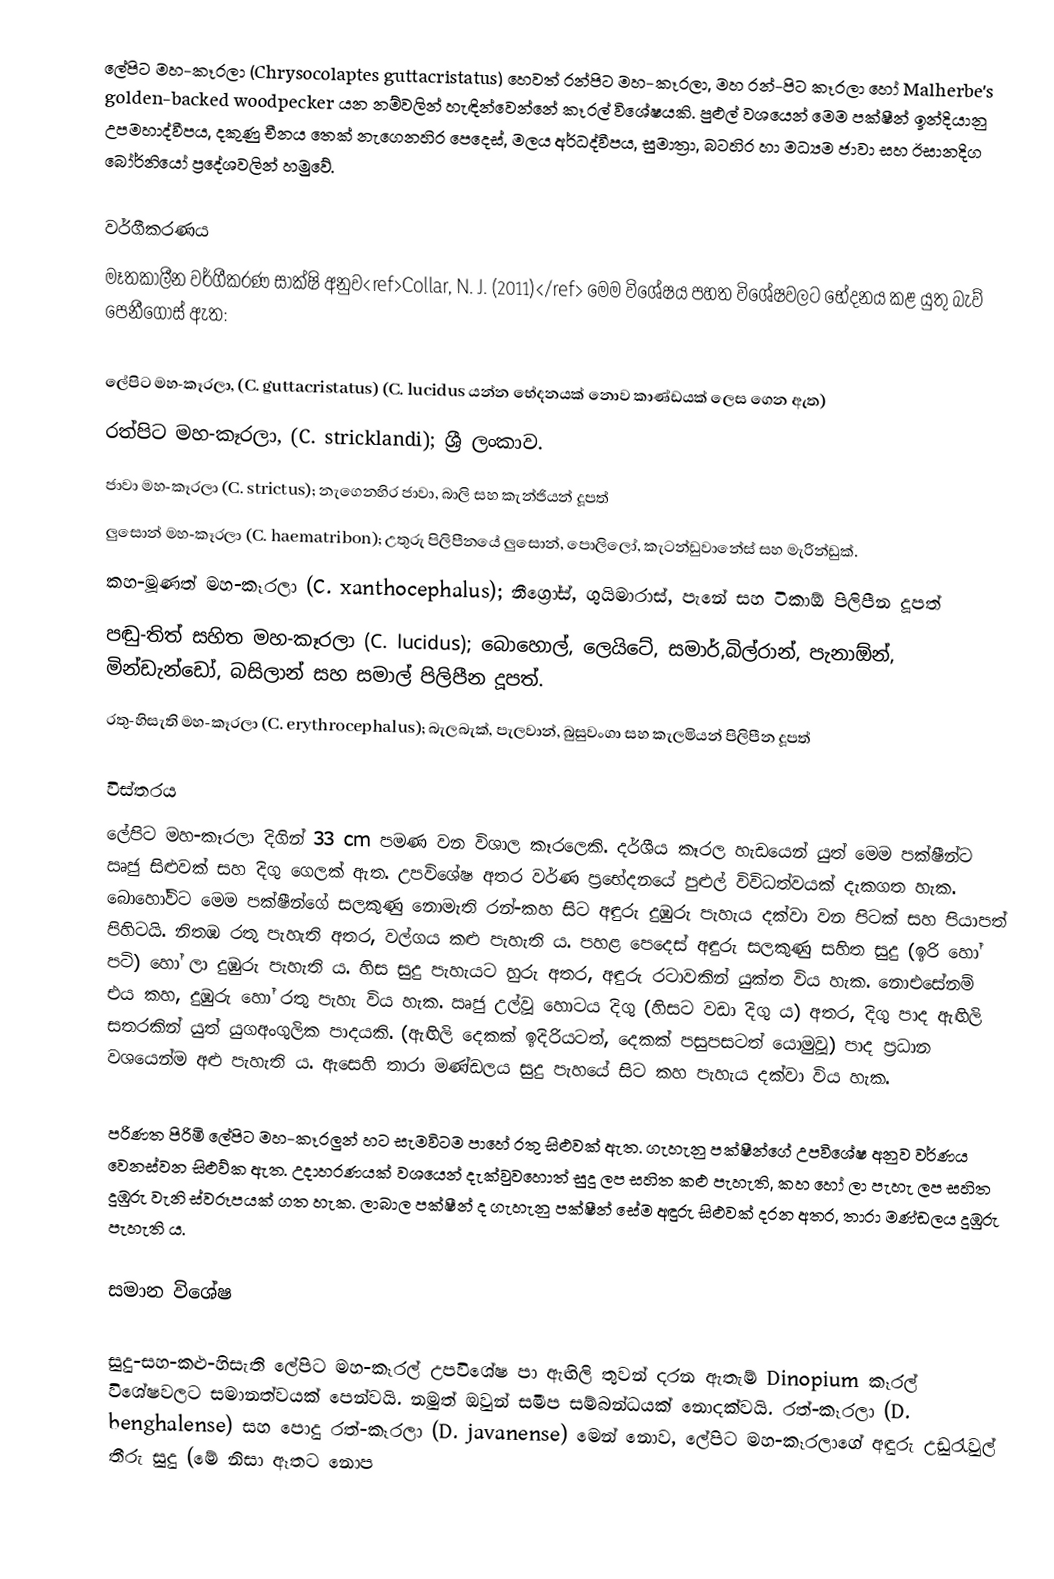
ලේපිට මහ-කෑරලා (Chrysocolaptes guttacristatus) හෙවත් රන්පිට මහ-කෑරලා, මහ රන්-පිට කෑරලා හෝ Malherbe's golden-backed woodpecker යන නම්වලින් හැඳින්වෙන්නේ කෑරල් විශේෂයකි. පුළුල් වශයෙන් මෙම පක්ෂීන් ඉන්දියානු උපමහාද්වීපය, දකුණු චීනය තෙක් නැගෙනහිර පෙදෙස්, මලය අර්ධද්වීපය, සුමාත්‍රා, බටහිර හා මධ්‍යම ජාවා සහ ඊසානදිග බෝර්නියෝ ප්‍රදේශවලින් හමුවේ.

වර්ගීකරණය
මෑතකාලීන වර්ගීකරණ සාක්ෂි අනුව<ref>Collar, N. J. (2011)</ref> මෙම විශේෂය පහත විශේෂවලට භේදනය කළ යුතු බැව් පෙනීගොස් ඇත:

ලේපිට මහ-කෑරලා, (C. guttacristatus) (C. lucidus යන්න භේදනයක් නොව කාණ්ඩයක් ලෙස ගෙන ඇත)
රත්පිට මහ-කෑරලා, (C. stricklandi); ශ්‍රී ලංකාව.
ජාවා මහ-කෑරලා (C. strictus); නැගෙනහිර ජාවා, බාලි සහ කැන්ජියන් දූපත්
ලුසොන් මහ-කෑරලා (C. haematribon); උතුරු පිලිපීනයේ ලුසොන්, පොලිලෝ, කැටන්ඩුවානේස් සහ මැරින්ඩුක්.
කහ-මූණත් මහ-කෑරලා (C. xanthocephalus); නීග්‍රෝස්, ගුයිමාරාස්, පැනේ සහ ටිකාඕ පිලිපීන දූපත්
පඬු-තිත් සහිත මහ-කෑරලා (C. lucidus); බොහොල්, ලෙයිටේ, සමාර්,බිල්රාන්, පැනාඕන්, මින්ඩැන්ඩෝ, බසිලාන් සහ සමාල් පිලිපීන දූපත්.
රතු-හිසැති මහ-කෑරලා (C. erythrocephalus); බැලබැක්, පැලවාන්, බුසුවංගා සහ කැලමියන් පිලිපීන දූපත්

විස්තරය
ලේපිට මහ-කෑරලා දිගින් 33 cm පමණ වන විශාල කෑරලෙකි. දර්ශීය කෑරල හැඩයෙන් යුත් මෙම පක්ෂීන්‍ට ඍජු සිළුවක් සහ දිගු ගෙලක් ඇත. උපවිශේෂ අතර වර්ණ ප්‍රභේදනයේ පුළුල් විවිධත්වයක් දැකගත හැක. බොහෝවිට මෙම පක්ෂීන්ගේ සලකුණු නොමැති රන්-කහ සිට අඳුරු දුඹුරු පැහැය දක්වා වන පිටක් සහ පියාපත් පිහිටයි. නිතඹ රතු පැහැති අතර, වල්ගය කළු පැහැති ය. පහළ පෙදෙස් අඳුරු සලකුණු සහිත සුදු (ඉරි හෝ පටි) හෝ ලා දුඹුරු පැහැති ය. හිස සුදු පැහැයට හුරු අතර, අඳුරු රටාවකින් යුක්ත විය හැක. නොඑසේනම් එය කහ, දුඹුරු හෝ රතු පැහැ විය හැක. ඍජු උල්වූ හොටය දිගු (හිසට වඩා දිගු ය) අතර, දිගු පාද ඇඟිලි සතරකින් යුත් යුගඅංගුලික පාදයකි. (ඇඟිලි දෙකක් ඉදිරියටත්, දෙකක් පසුපසටත් යොමුවූ) පාද ප්‍රධාන වශයෙන්ම අළු පැහැති ය. ඇසෙහි තාරා මණ්ඩලය සුදු පැහයේ සිට කහ පැහැය දක්වා විය හැක.

පරිණත පිරිමි ලේපිට මහ-කෑරලුන් හට සැමවිටම පාහේ රතු සිළුවක් ඇත. ගැහැනු පක්ෂීන්ගේ උපවිශේෂ අනුව වර්ණය වෙනස්වන සිළුව්ක ඇත. උදාහරණයක් වශයෙන් දැක්වුවහොත් සුදු ලප සහිත කළු පැහැති, කහ හෝ ලා පැහැ ලප සහිත දුඹුරු වැනි ස්වරූපයක් ගත හැක. ලාබාල පක්ෂීන් ද ගැහැනු පක්ෂීන් සේම අඳුරු සිළුවක් දරන අතර, තාරා මණ්ඩලය දුඹුරු පැහැති ය.

සමාන විශේෂ

සුදු-සහ-කළු-හිසැති ලේපිට මහ-කෑරල් උපවිශේෂ පා ඇඟිලි තුවන් දරන ඇතැම් Dinopium කෑරල් විශේෂවලට සමානත්වයක් පෙන්වයි. නමුත් ඔවුන් සමීප සම්බන්ධයක් නොදක්වයි. රත්-කෑරලා (D. benghalense) සහ පොදු රත්-කෑරලා (D. javanense) මෙන් නොව, ලේපිට මහ-කෑරලාගේ අඳුරු උඩුරැවුල් තීරු සුදු (මේ නිසා ඈතට නොප